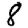
Digit: 8